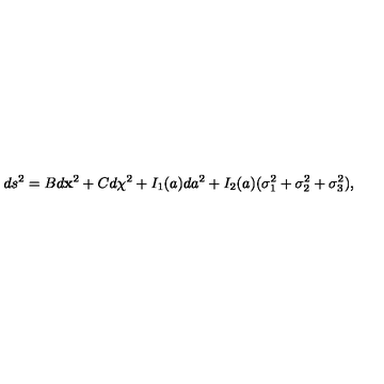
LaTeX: d s ^ { 2 } = B d { \bf x } ^ { 2 } + C d \chi ^ { 2 } + I _ { 1 } ( a ) d a ^ { 2 } + I _ { 2 } ( a ) ( \sigma _ { 1 } ^ { 2 } + \sigma _ { 2 } ^ { 2 } + \sigma _ { 3 } ^ { 2 } ) ,